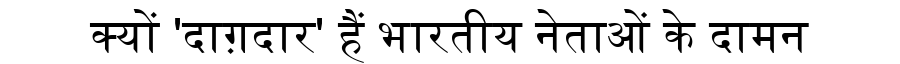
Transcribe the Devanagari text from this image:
क्यों 'दाग़दार' हैं भारतीय नेताओं के दामन